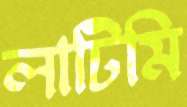
লাটিমি